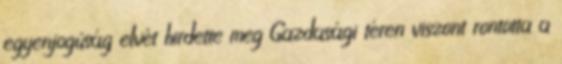
egyenjogúság elvét hirdette meg Gazdasági téren viszont rontotta a